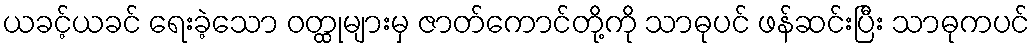
ယခင့်ယခင် ရေးခဲ့သော ဝတ္ထုများမှ ဇာတ်ကောင်တို့ကို သာဓုပင် ဖန်ဆင်းပြီး သာဓုကပင်